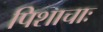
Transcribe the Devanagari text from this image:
पिशाचाः